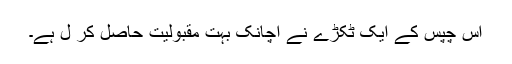
اس چپس کے ایک ٹکڑے نے اچانک بہت مقبولیت حاصل کر ل ہے۔